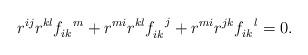
LaTeX: \begin{align*}r^{ij} r^{kl} f_{ik}^{\;\;\;m}+r^{mi} r^{kl} f_{ik}^{\;\;\;j}+r^{mi} r^{jk} f_{ik}^{\;\;\;l}=0.\end{align*}